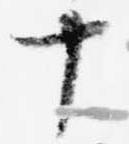
十